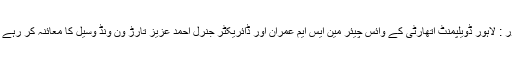
لاہور : لاہور ڈویلپمنٹ اتھارٹی کے وائس چیئر مین ایس ایم عمران اور ڈائریکٹر جنرل احمد عزیز تارڑ ون ونڈ وسیل کا معائنہ کر رہے ہیں۔